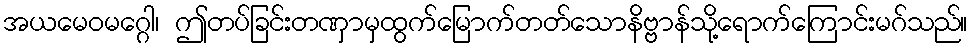
အယမေဝမဂ္ဂေါ၊ ဤတပ်ခြင်းတဏှာမှထွက်မြောက်တတ်သောနိဗ္ဗာန်သို့ရောက်ကြောင်းမဂ်သည်။